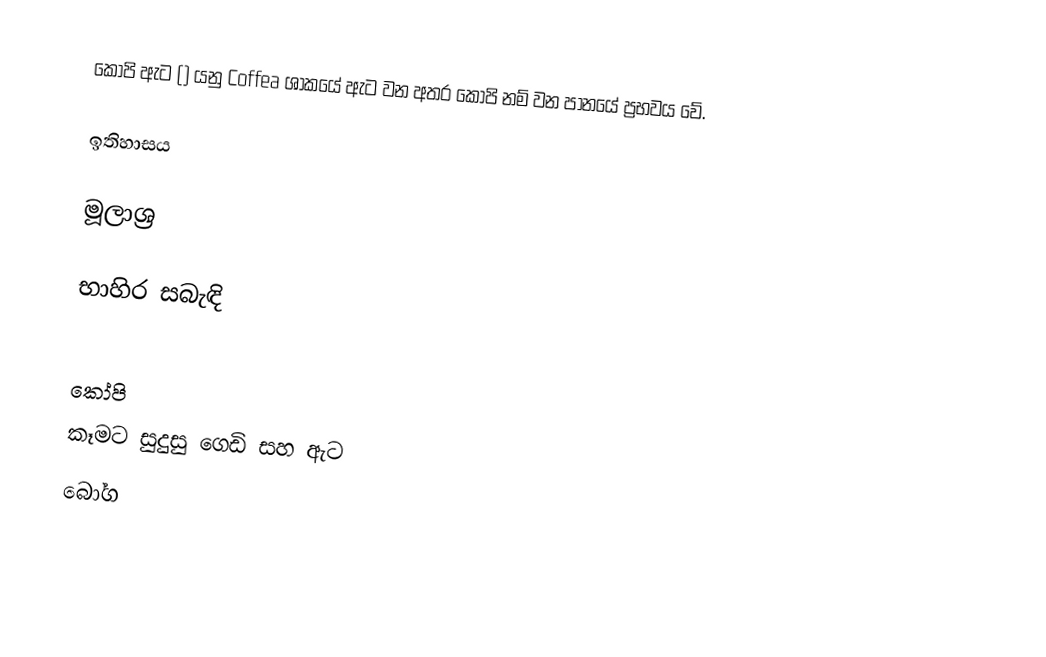
කෝපි ඇට () යනු Coffea ශාකයේ ඇට වන අතර කෝපි නම් වන පානයේ ප්‍රභවය වේ.

ඉතිහාසය

මූලාශ්‍ර

භාහිර සබැඳි

කෝපි
කෑමට සුදුසු ගෙඩි සහ ඇට
බෝග